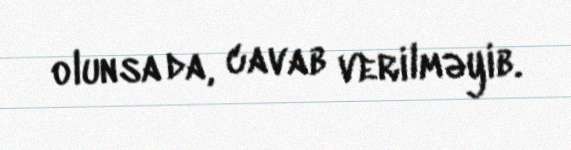
olunsa da, cavab verilməyib.